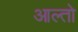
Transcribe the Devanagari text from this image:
आल्तो